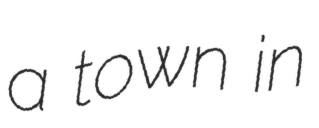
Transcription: a town in